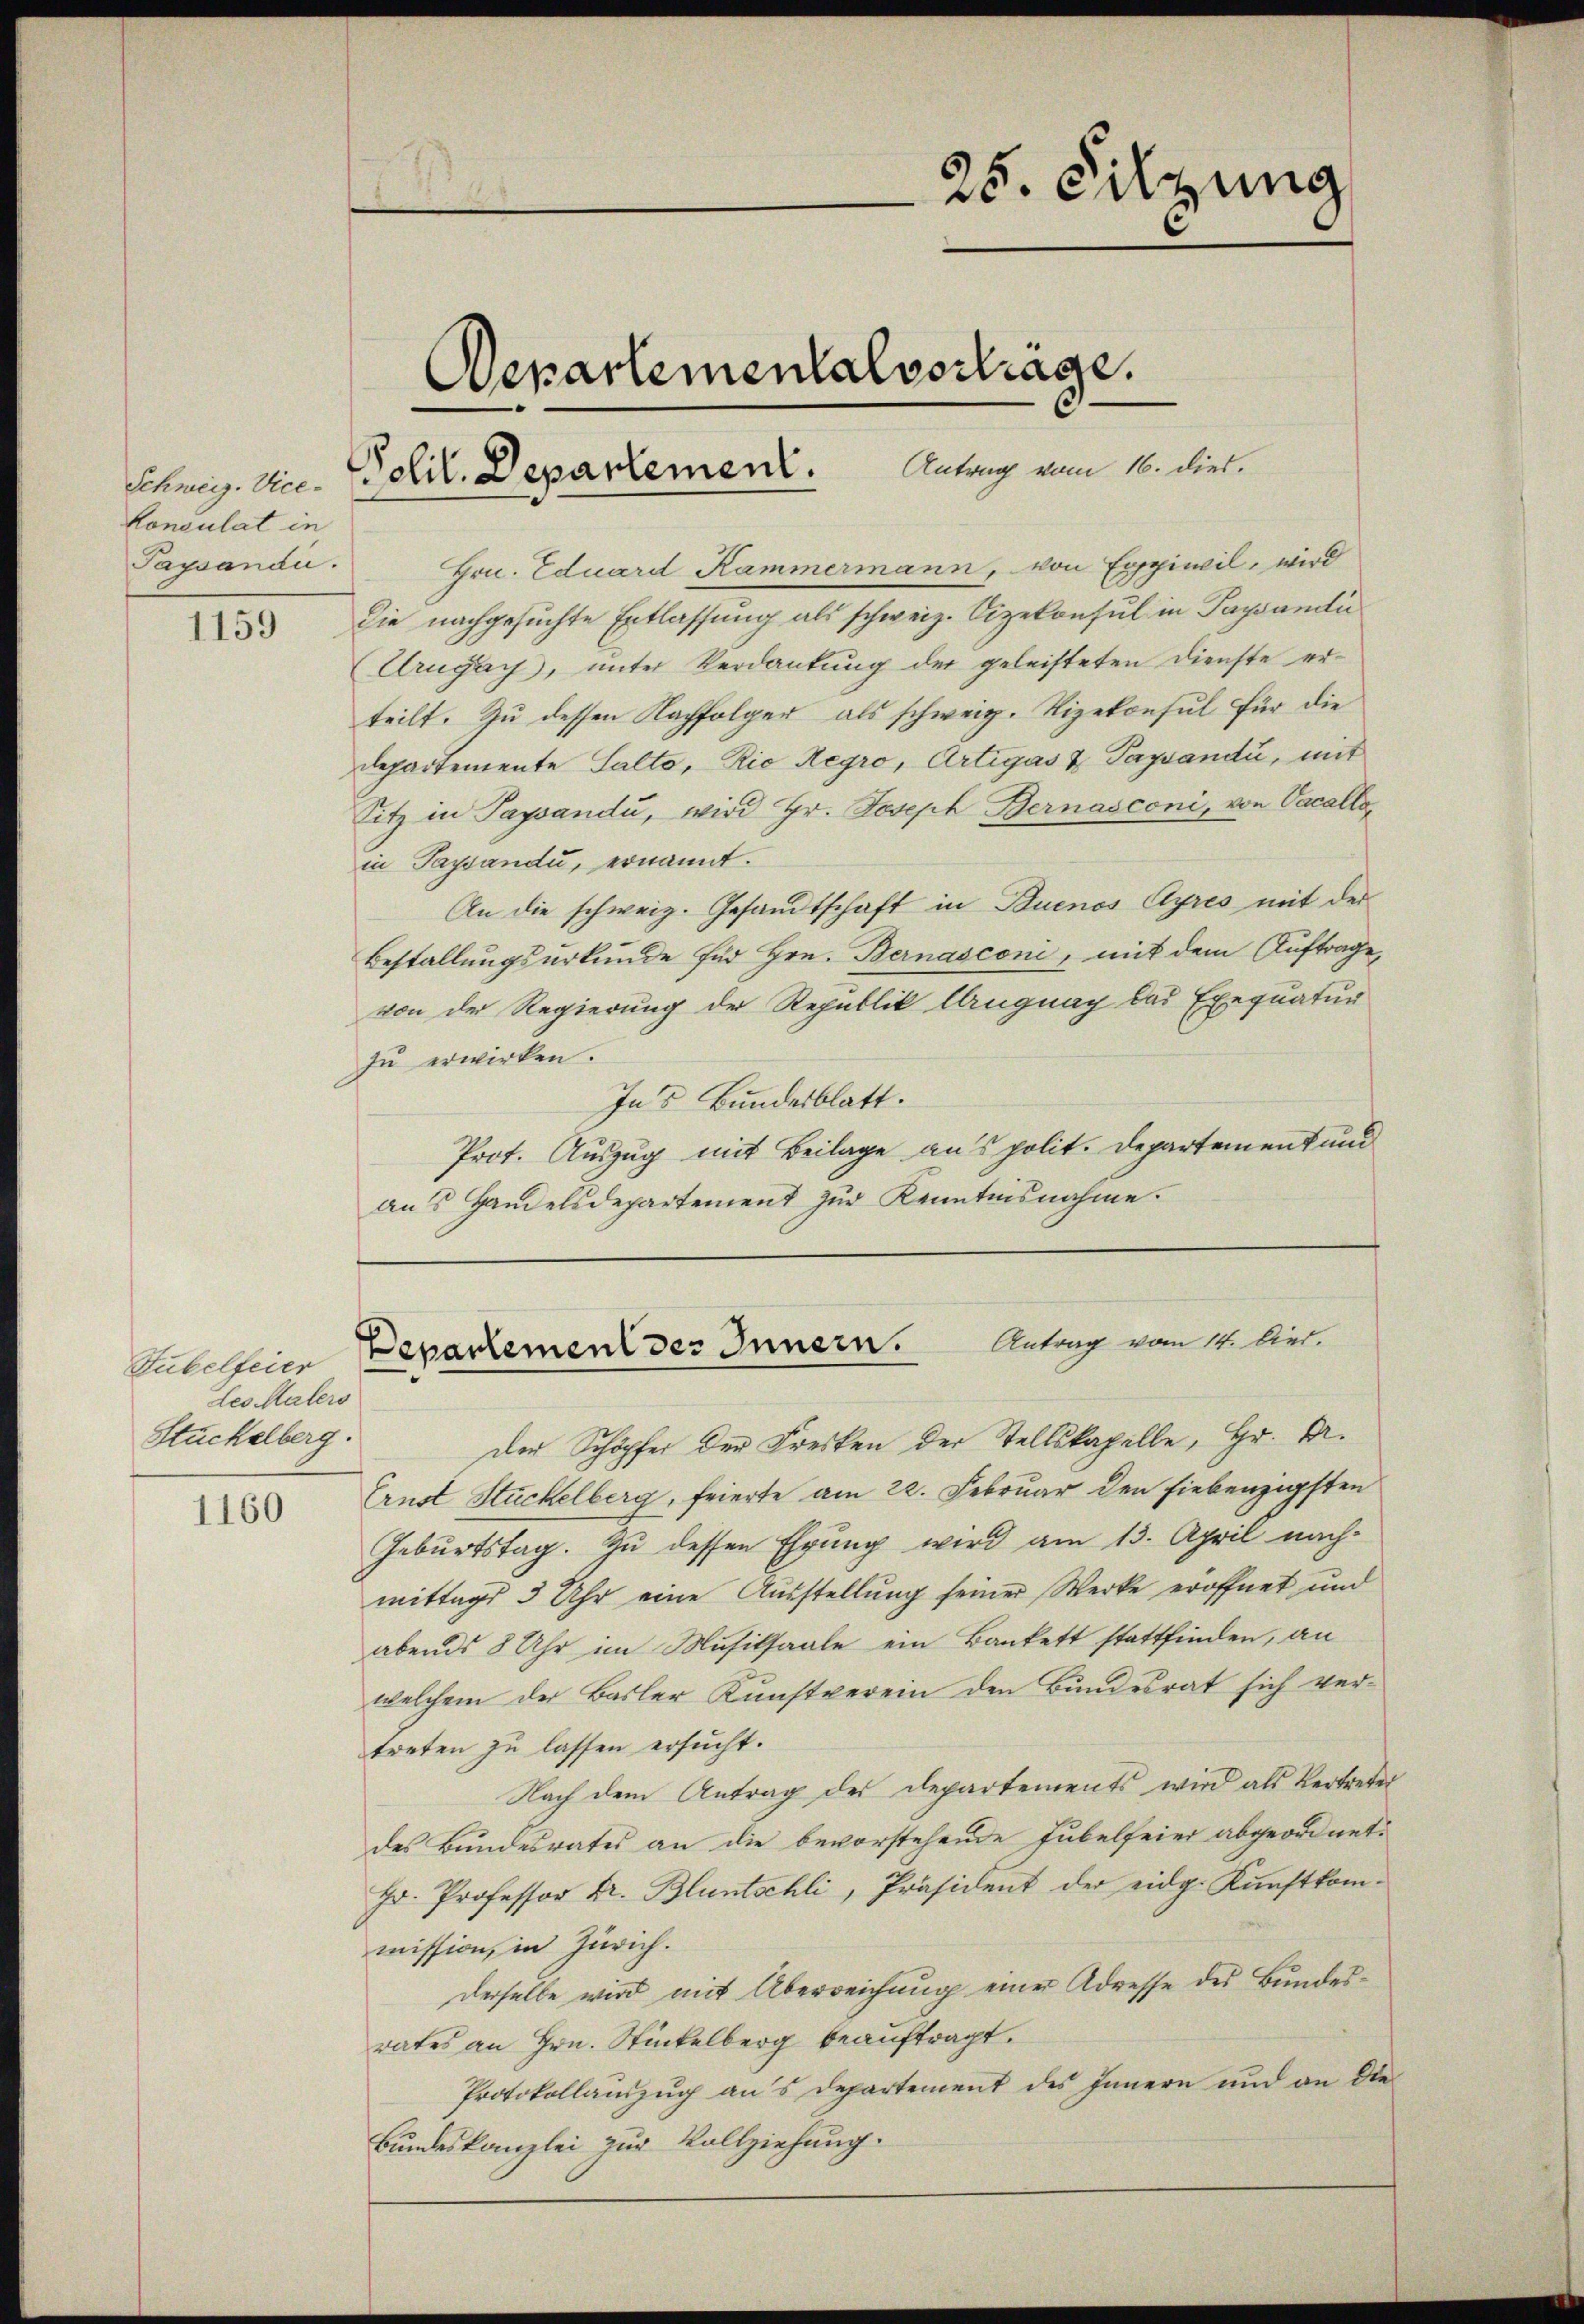
Schweiz. Vice¬
Conculat in
Paysandii.

1159

Gubelfeier
des Malers
Stückelberg.

1160

Polit. Departement.

Departementalvertrage.
Antrag vom 16. dies.

25. Silzung

Hrn. Eduard Kammermann, von Expiwil, wird
Die nachgesuchte Entlassung als schweiz. Vizekonsul in Pagandi
Urugay, unter Verdankung der geleisteten Dienste erteilt. Zu dessen Nachfolger, als schweiz. Vizekonsul für die
departemente Salto, Rio Regro, Artigas & Paysándić, mit
Sitz in Paysandi, wird Hr. Joseph Bernasconi, von Vacalloin Paysandu, ernannt.
An die schweiz. Gesandtschaft in Buenos Ayres mit der
Bestallungsurkunde für Hrn. Bernasconi, mit dem Auftrage,
von der Regierung der Republik leugnach das Exequatur
zu erwirken.
Ins Bundesblatt.
Prot. Auszug mit Beilage aus polit. Departement und
ans Handelsdepartement zŭr Kenntnisnahme.

Antrag vom 14. Der.
Departement des Innern.

der Schöpfer der Fresken der Stellskapelle, Hr. Dr.
Ernst Stückelberg, feierte am 22. Februar den hiebenzigsten
Geburtstag. Zu dessen Ehrung wird am 13. April nachmittags 3 Uhr eine Ausstellung seiner Werke eröffnet und
abends 8 Uhr im Musiksaale ein Bankett stattfinden, an
welchem der Basler Kunstverein den Bundesrat sich ver-
treten zu lassen ersucht.
Nach dem Antrag des Departements wird als Vertreter
des Bundesrates an die bevorstehende Jubelfeier abgeordnet.
Hr. Professor Dr. Bluntschli, Präsident der eidg. Kunstkommission, in Zürich.
derselbe wird mit Überreichung einer Adresse des Bundesrates an Hrn. Stückelberg beauftragt.
Protokollauszug aus Departement des Innern und an die
Bundeskanzlei zur Vollziehung.